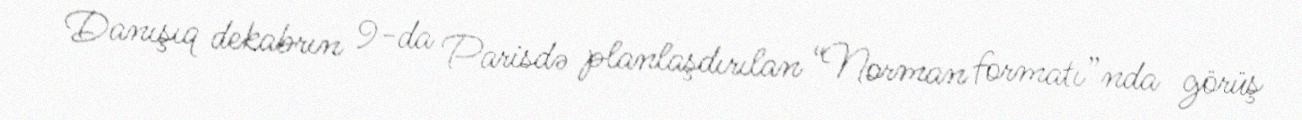
Danışıq dekabrın 9-da Parisdə planlaşdırılan “Norman formatı”nda görüş